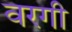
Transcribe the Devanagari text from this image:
वरगी